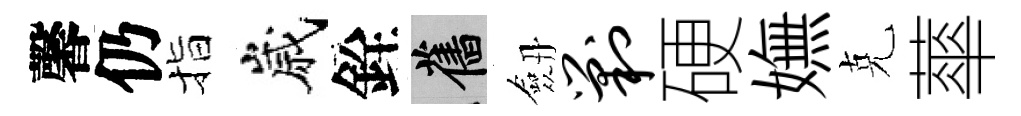
馨仍指嵗銓舊劔剿硬嫵克蕐